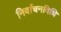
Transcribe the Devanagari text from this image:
निर्वाचनविधि